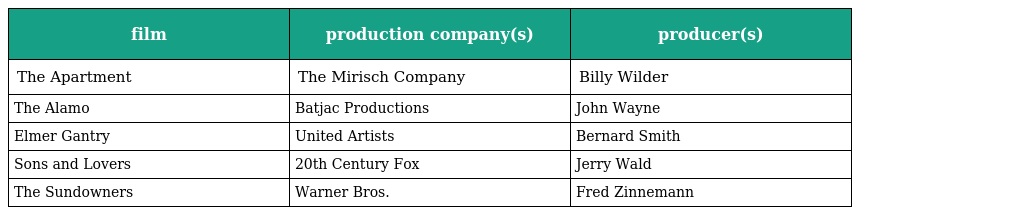
| film | production company(s) | producer(s) |
 | --- | --- | --- |
 | The Apartment | The Mirisch Company | Billy Wilder |
 | The Alamo | Batjac Productions | John Wayne |
 | Elmer Gantry | United Artists | Bernard Smith |
 | Sons and Lovers | 20th Century Fox | Jerry Wald |
 | The Sundowners | Warner Bros. | Fred Zinnemann |